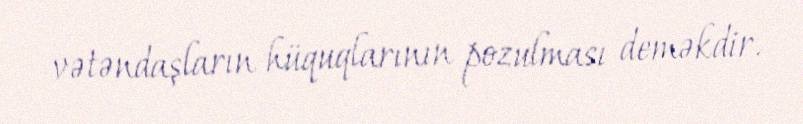
vətəndaşların hüquqlarının pozulması deməkdir.